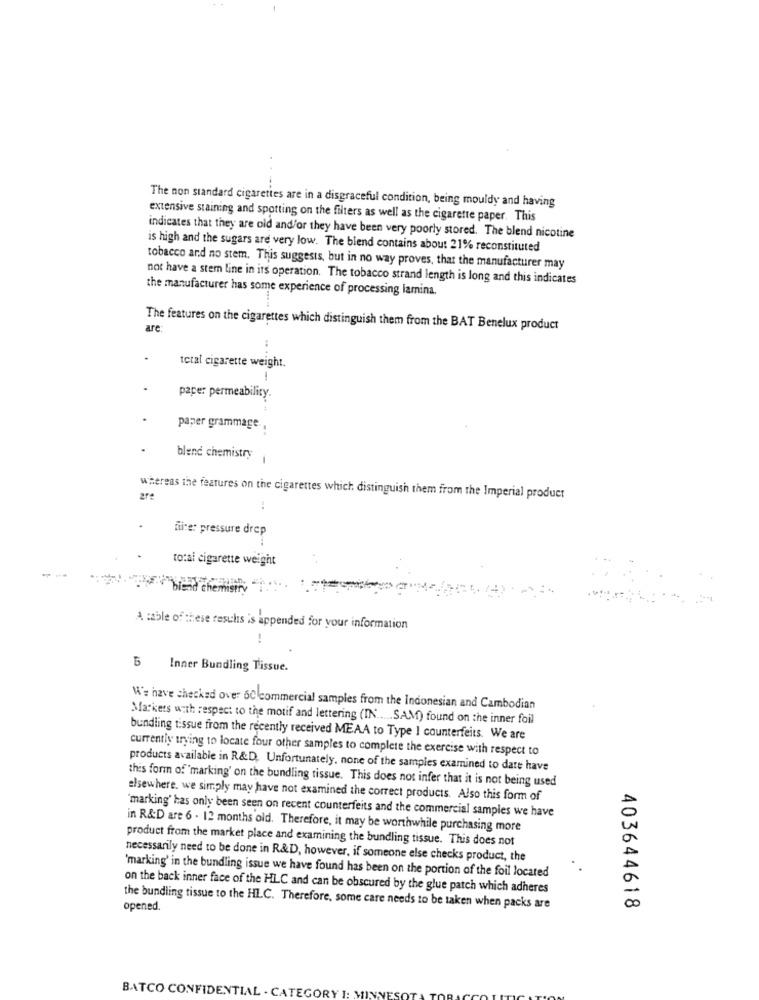
The non standard cigarettes are in a disgraceful condition, being mouldy and having
extensive staining and spotting on the filters as well as the cigarette paper. This
indicates that they are old and/or they have been very poorly stored. The blend nicotine
is high and the sugars are very low. The blend contains about 21% reconstituted
tobacco and no stem. This suggests, but in no way proves, that the manufacturer may
not have a stem line in its operation. The tobacco strand length is long and this indicates
the manufacturer has some experience of processing lamina.
The features on the cigarettes which distinguish them from the BAT Benelux product
are
... ..
total cigarette weight.
paper permeability.
paper grammage .,
blend chemistry
whereas the features on the cigarettes which distinguish them from the Imperial product
fire: pressure drop
total cigarette weight
A table of these results is appended for your information
5
Inner Bundling Tissue.
We have checked over 60 commercial samples from the Indonesian and Cambodian
Markers with respect to the motif and lettering (IN ..... SAM) found on the inner foil
bundling tissue from the recently received MEAA to Type I counterfeits. We are
currently trying to locate four other samples to complete the exercise with respect to
products available in R&D. Unfortunately, none of the samples examined to date have
this form of 'marking' on the bundling tissue. This does not infer that it is not being used
elsewhere. we simply may have not examined the correct products. Also this form of
"marking' has only been seen on recent counterfeits and the commercial samples we have
in R&D are 6 - 12 months old. Therefore, it may be worthwhile purchasing more
product from the market place and examining the bundling tissue. This does not
necessarily need to be done in R&D, however, if someone else checks product, the
'marking' in the bundling issue we have found has been on the portion of the foil located
on the back inner face of the HLC and can be obscured by the glue patch which adheres
opened.
the bundling tissue to the HLC. Therefore, some care needs to be taken when packs are
403644618
BATCO CONFIDENTIAL . CATEGO